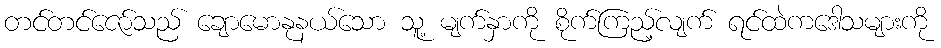
တင်တင်ဇော်သည် ချောမောနုနယ်သော သူ့ မျက်နှာကို စိုက်ကြည့်လျက် ရင်ထဲကဒေါသများကို